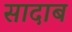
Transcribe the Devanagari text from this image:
सादाब